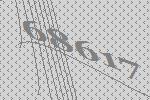
68617